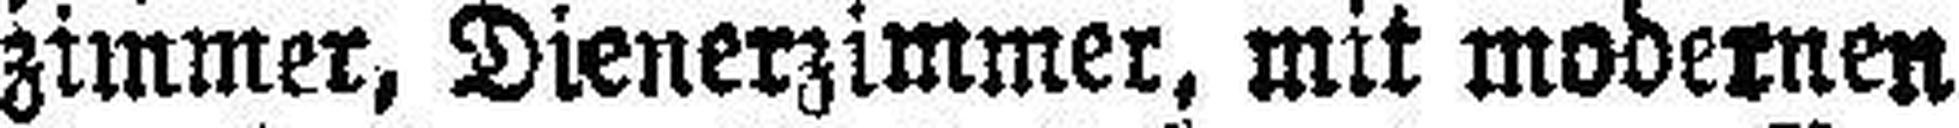
zimmer, Dienerzimmer, mit modernen